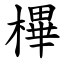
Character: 㮿